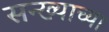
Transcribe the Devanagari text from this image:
सन्ख्याच्या